Lunatic asylums United Prov. 1922-30 - 1922-1930
Year: 1922
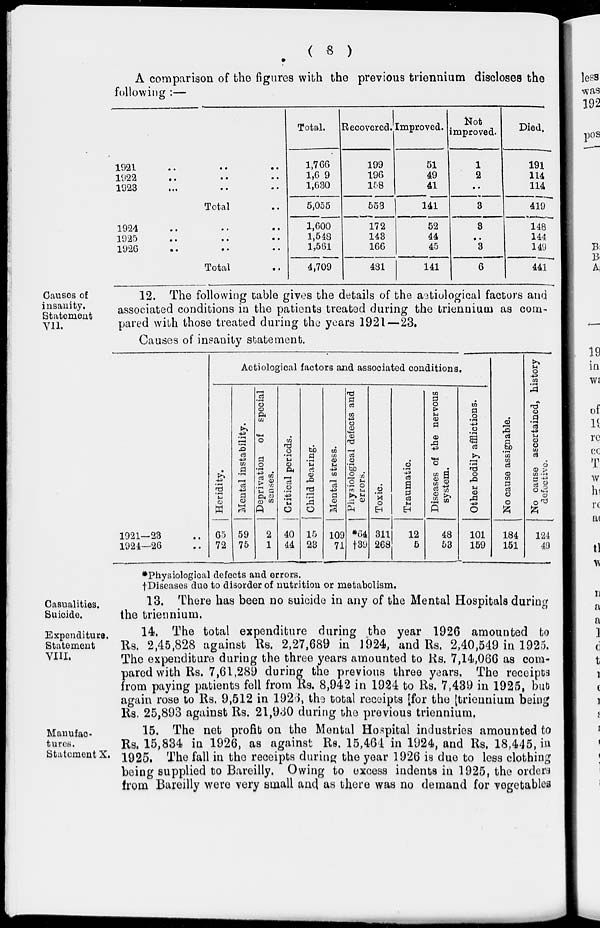
( 8 )
A comparison of the figures with the previous triennium discloses the
following :—
1921 .. .. ..
1922 .. .. ..
1923 .. .. ..
Total ..
1924 .. .. ..
1925 .. .. ..
1926 .. .. ..
Total ..
Total.
1,766
1,6 9
1,630
5,055
1,600
1,548
1,561
4,709
Recovered.
199
196
158
553
172
143
166
481
Improved.
51
49
41
141
52
44
45
141
Not
improved.
1
2
..
3
3
..
3
6
Died.
191
114
114
419
148
144
149
441
Causes of
insanity.
Statement
VII.
12. The following table gives the details of the aetiological factors and
associated conditions in the patients treated during the triennium as com-
pared with those treated during the years 1921—23.
Causes of insanity statement.
1921—23 ..
1924—26 ..
Aetiological factors and associated conditions.
Heridity.
65
72
Mental instability.
59
75
Deprivation of special
senses.
2
1
Critical periods.
40
44
Child bearing.
15
23
Mental stress.
109
71
Physiological defects and
errors.
*64
†39
Toxic.
311
268
Traumatic.
12
5
Diseases of the nervous
system.
48
53
Other bodily afflictions.
101
159
No cause assignable.
184
151
No cause ascertained, history
defective.
124
49
*Physiological defects and errors.
†Diseases due to disorder of nutrition or metabolism.
Casualities.
Suicide.
13. There has been no suicide in any of the Mental Hospitals during
the triennium,
Expenditure.
Statement
VIII.
14. The total expenditure during the year 1926 amounted to
Rs. 2,45,828 against Rs. 2,27,689 in 1924, and Rs. 2,40,549 in 1925.
The expenditure during the three years amounted to Rs. 7,14,066 as com-
pared with Rs. 7,61,289 during the previous three years. The receipts
from paying patients fell from Rs. 8,942 in 1924 to Rs. 7,439 in 1925, but
again rose to Rs. 9,512 in 1923, the total receipts for the triennium being
Rs. 25,893 against Rs. 21,930 during the previous triennium.
Manufac-
tures.
Statement X.
15. The net profit on the Mental Hospital industries amounted to
Rs. 15,834 in 1926, as against Rs. 15,464 in 1924, and Rs. 18,445, in
1925. The fall in the receipts during the year 1926 is due to less clothing
being supplied to Bareilly. Owing to excess indents in 1925, the orders
from Bareilly were very small and as there was no demand for vegetables